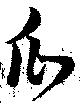
瓜